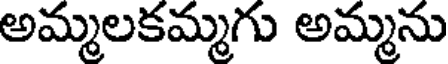
అమ్మలకమ్మగు అమ్మను